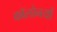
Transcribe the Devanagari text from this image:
कॉलोनयों